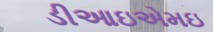
ડીઆઇએમઇ